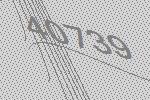
40739